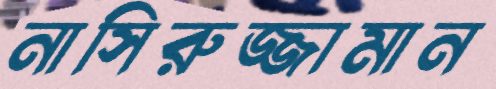
নাসিরুজ্জামান